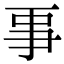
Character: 𠄙